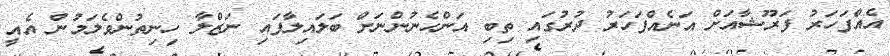
އެއްފަހަރު ފަރޫޝާއަށް އަނެއްފަހަރު ދުރުގައި ތިބި އަންހެނުންނަށް ބަލައިލާފައި ނަޒްލާ ހިނިތުންވެލަމުން އެއީ